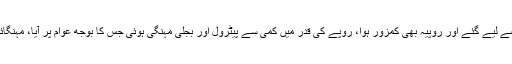
انہوں نے کہا کہ ماضی میں 100ارب ڈالر کے قرضے لیے گئے اور روپیہ بھی کمزور ہوا، روپے کی قدر میں کمی سے پیٹرول اور بجلی مہنگی ہوئی جس کا بوجھ عوام پر آیا، مہنگائی میں روپے کی قدر میں کمی کا بھی عمل دخل ہے۔